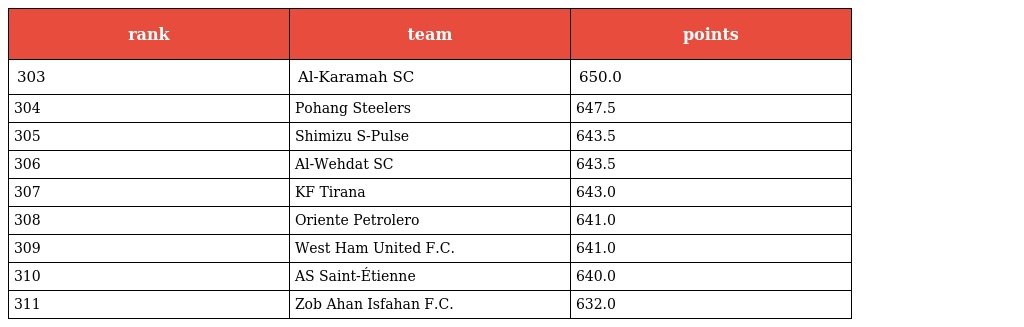
| rank | team | points |
 | --- | --- | --- |
 | 303 | Al-Karamah SC | 650.0 |
 | 304 | Pohang Steelers | 647.5 |
 | 305 | Shimizu S-Pulse | 643.5 |
 | 306 | Al-Wehdat SC | 643.5 |
 | 307 | KF Tirana | 643.0 |
 | 308 | Oriente Petrolero | 641.0 |
 | 309 | West Ham United F.C. | 641.0 |
 | 310 | AS Saint-Étienne | 640.0 |
 | 311 | Zob Ahan Isfahan F.C. | 632.0 |